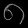
Digit: ၈